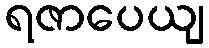
ရဇာပေယျ